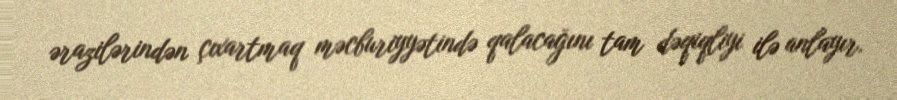
ərazilərindən çıxartmaq məcburiyyətində qalacağını tam dəqiqliyi ilə anlayır.